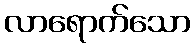
လာရောက်သော